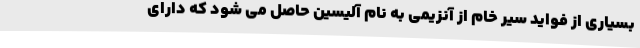
بسیاری از فواید سیر خام از آنزیمی به نام آلیسین حاصل می شود که دارای